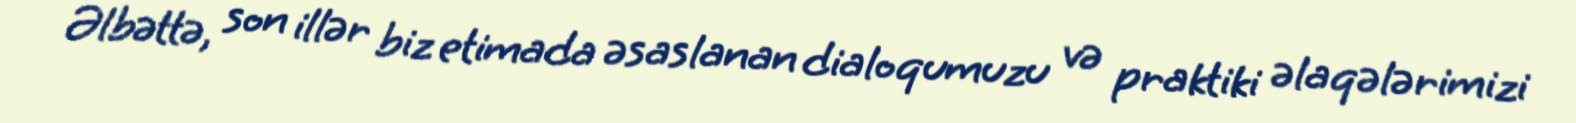
Əlbəttə, son illər biz etimada əsaslanan dialoqumuzu və praktiki əlaqələrimizi